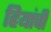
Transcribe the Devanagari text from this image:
हियांची